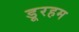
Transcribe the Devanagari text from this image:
डूरहम